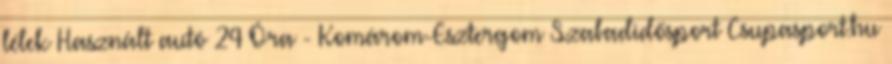
lélek Használt autó 24 Óra - Komárom-Esztergom Szabadidősport Csupasport.hu